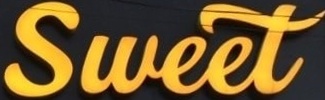
Sweet